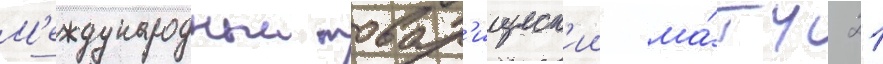
М'еждународныи товар'ищеск'ии ма́тч 21